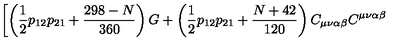
\left[ \left( \frac { 1 } { 2 } p _ { 1 2 } p _ { 2 1 } + \frac { 2 9 8 - N } { 3 6 0 } \right) G + \left( \frac { 1 } { 2 } p _ { 1 2 } p _ { 2 1 } + \frac { N + 4 2 } { 1 2 0 } \right) C _ { \mu \nu \alpha \beta } C ^ { \mu \nu \alpha \beta } \right.